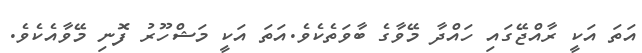
އަތަ އަކީ ރާއްޖޭގައި ހައްދާ މޭވާގެ ބާވަތެކެވެ.އަތަ އަކީ މަޝްހޫރު ފޮނި މޭވާއެކެވެ.